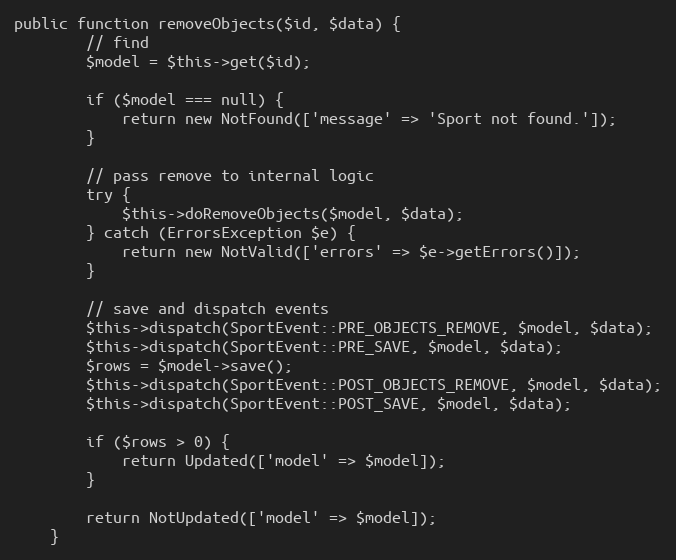
Language: PHP
public function removeObjects($id, $data) {
		// find
		$model = $this->get($id);

		if ($model === null) {
			return new NotFound(['message' => 'Sport not found.']);
		}

		// pass remove to internal logic
		try {
			$this->doRemoveObjects($model, $data);
		} catch (ErrorsException $e) {
			return new NotValid(['errors' => $e->getErrors()]);
		}

		// save and dispatch events
		$this->dispatch(SportEvent::PRE_OBJECTS_REMOVE, $model, $data);
		$this->dispatch(SportEvent::PRE_SAVE, $model, $data);
		$rows = $model->save();
		$this->dispatch(SportEvent::POST_OBJECTS_REMOVE, $model, $data);
		$this->dispatch(SportEvent::POST_SAVE, $model, $data);

		if ($rows > 0) {
			return Updated(['model' => $model]);
		}

		return NotUpdated(['model' => $model]);
	}